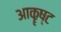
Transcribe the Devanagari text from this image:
आकॄष्ट